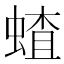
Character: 𬠜